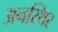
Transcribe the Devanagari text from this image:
अनस्थिर